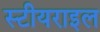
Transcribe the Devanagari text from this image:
स्टीयराइल